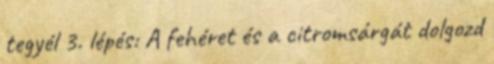
tegyél 3. lépés: A fehéret és a citromsárgát dolgozd